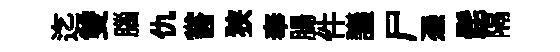
迄雙腦仇嘗狭奉腸件議尸慿髭隔